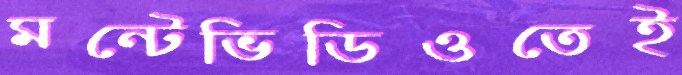
মন্টেভিডিওতেই